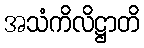
အသံကိလိဋ္ဌာတိ